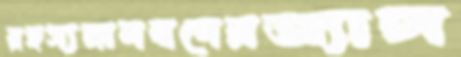
রহস্যমানবদেরঅ্যাঙ্গ